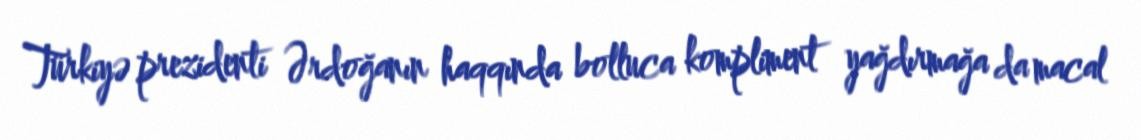
Türkiyə prezidenti Ərdoğanın haqqında bolluca kompliment yağdırmağa da macal